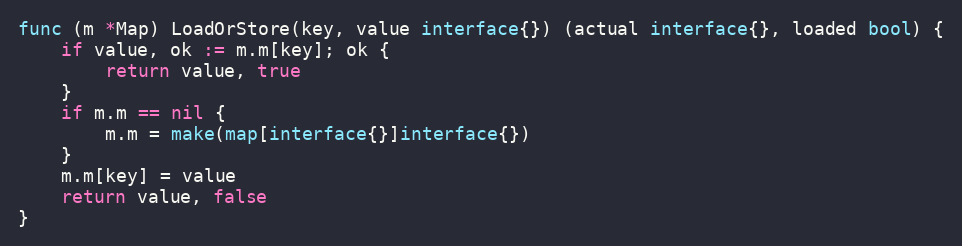
Language: Go
func (m *Map) LoadOrStore(key, value interface{}) (actual interface{}, loaded bool) {
	if value, ok := m.m[key]; ok {
		return value, true
	}
	if m.m == nil {
		m.m = make(map[interface{}]interface{})
	}
	m.m[key] = value
	return value, false
}